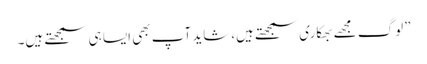
”لوگ مجھے بھکاری سمجھتے ہیں،شاید آپ بھی ایسا ہی سمجھتے ہیں۔